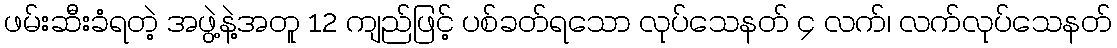
ဖမ်းဆီးခံရတဲ့ အဖွဲ့နဲ့အတူ 12 ကျည်ဖြင့် ပစ်ခတ်ရသော လုပ်သေနတ် ၄ လက်၊ လက်လုပ်သေနတ်